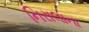
નિરાલાના